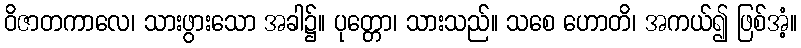
ဝိဇာတကာလေ၊ သားဖွားသော အခါ၌။ ပုတ္တော၊ သားသည်။ သစေ ဟောတိ၊ အကယ်၍ ဖြစ်အံ့။